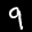
Label: 9